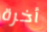
أخرة